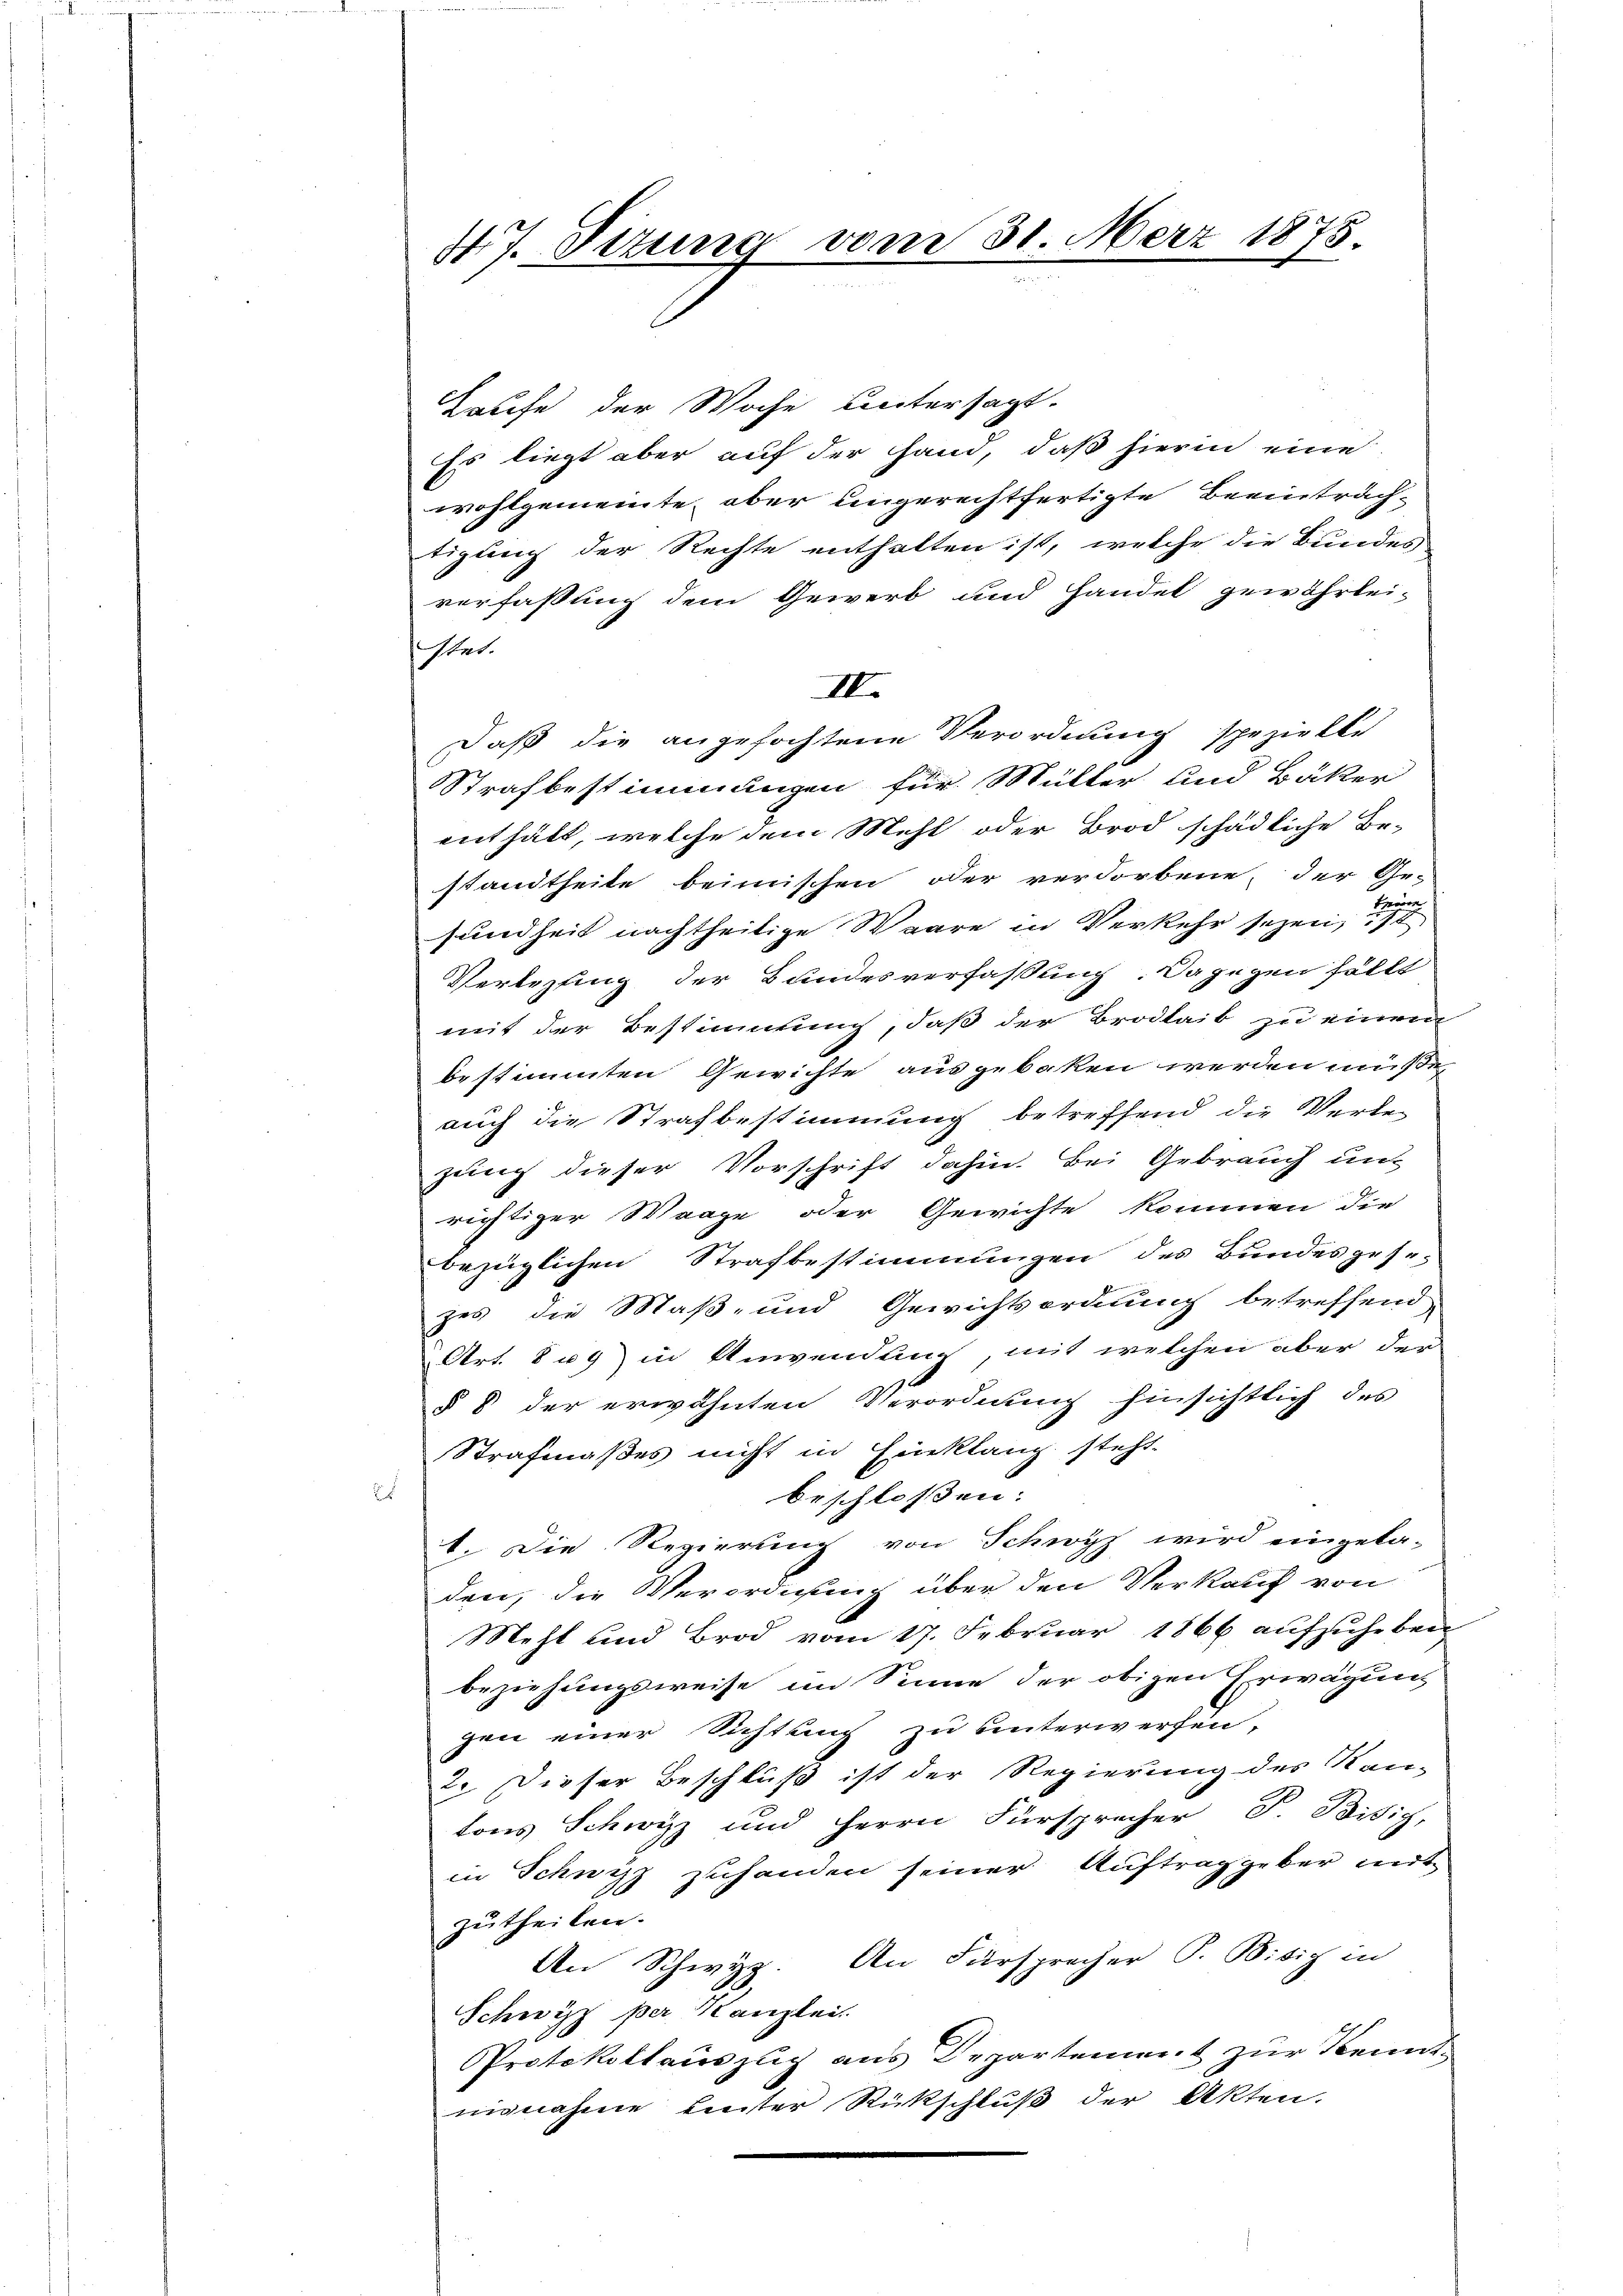
47. Titung vom 31. März 1875.

Taufe der Woche Lintersagt.
Es liegt aber auf der Hand, daß hierin eine
wohlgemeinte, aber ungerechtfertigte Beeinträchtigung der Rechte enthalten ist, welche die Bundes
verfassung dem Gewerb und Handel gewährlei-
stet.
IV.
Daß die angefochtene Verordnung spezielte
Strafbestimmungen für Mülter und Bäker
enthält, welche dem Mehl oder Brod schädliche Be-
standtheite beimischen oder verdorbene, der Ge-
sundheit nachtheilige Waare in Verkehr sezen,
Verlesung der Bundesverfassung. Dagegen fällt
mit der Bestimmung, daß der Brodlaib zu einem
bestimmten Gewichte ausgebaken werden müße,
auch die Strafbestimmung betreffend die Werde-
zung dieser Vorschrift dahin. Bei Gebrauch unt
richtiger Waage oder Gewichte kommen die
bezüglichen Strafbestimmungen des Bundesgesezes die Maß- und Gewichtsordnung betreffend,
Art. 809 in Anwendung, mit welchen aber der
§ 8 der erwähnten Verordnung hinsichtlich des
Strafmaßes nicht in Einklang steht.
beschlossen:
1. Die Regierung von Schwyz wird eingela-
den, die Verordnung über den Verkauf von
Mehl und Brod vom 17. Februar 1866 aufzuheben
beziehungsweise im Sinne der obigen Erwägung
gen einer Sichtung zu unterwerfen,
2. Dieser Beschluß ist der Regierung des Kan-
tons Schwyz und Herrn Fürsprecher P. Bisig,
in Schwyz zuhanden seiner Auftrag geber mit
zutheilen. |
An Schwyz. An Fürsprocher P. Bisig in
Schwyz per Kanzlei.
Protokollauszug aus Departement zur Kenntnisnahme Leuter Rückschluß der Akten.